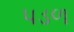
પડળ